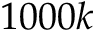
1 0 0 0 k